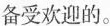
备受欢迎的。